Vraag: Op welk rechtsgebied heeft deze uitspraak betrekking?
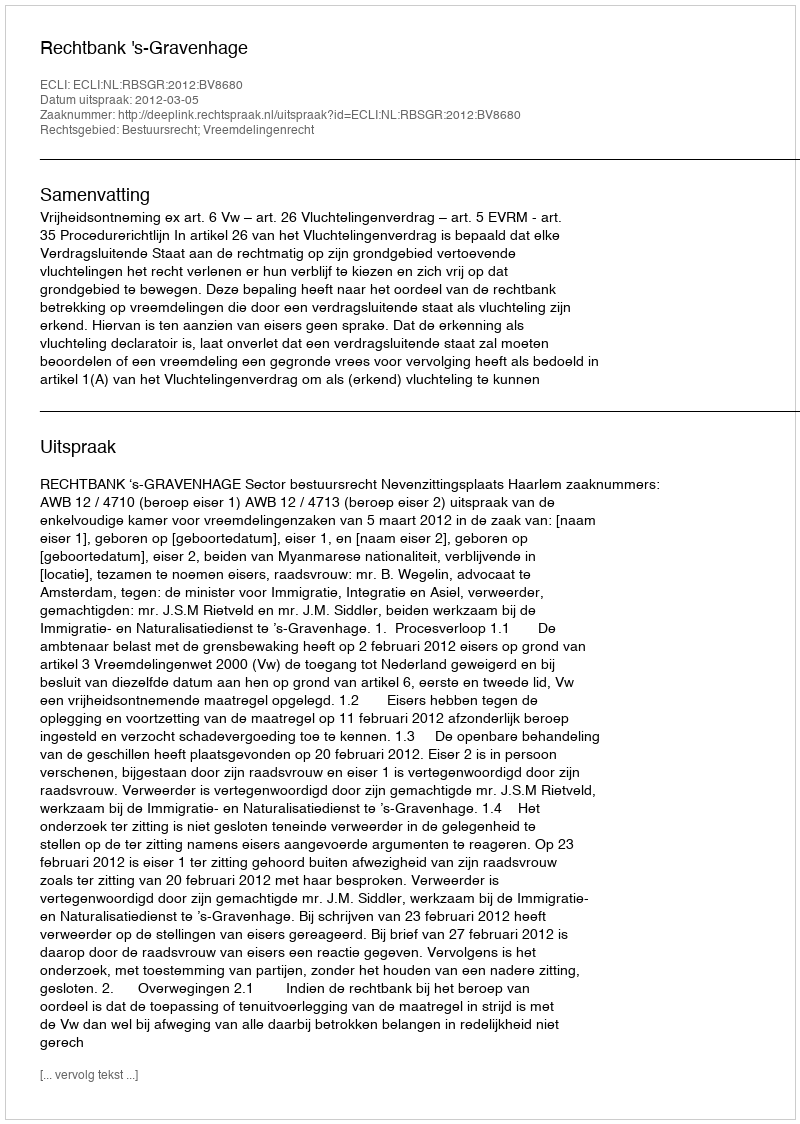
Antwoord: Bestuursrecht; Vreemdelingenrecht